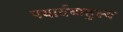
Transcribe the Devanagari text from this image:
पयार्यबाहुल्य